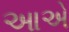
આએ